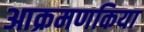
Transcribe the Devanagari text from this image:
आक्रमणकिया